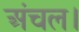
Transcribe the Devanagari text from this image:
अंचल।